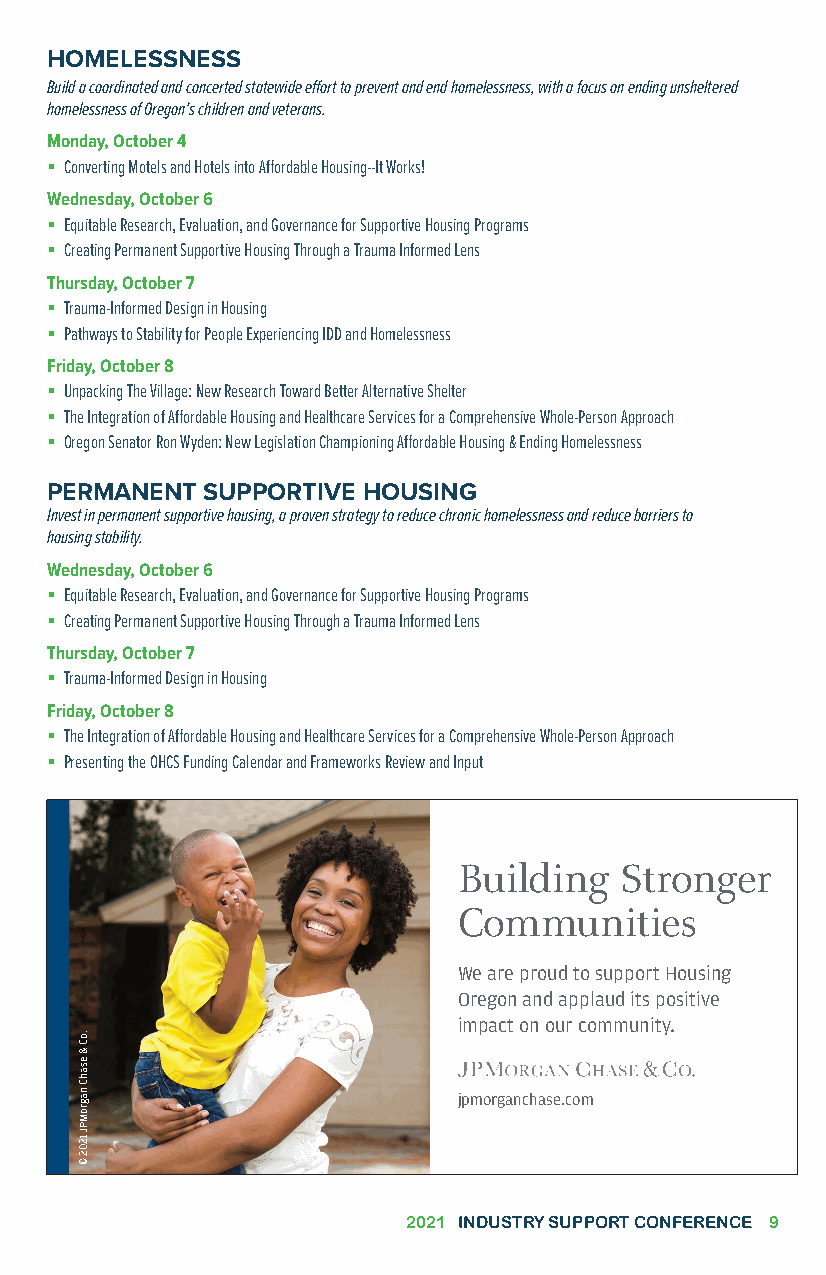
HOMELESSNESS
 Build a coordinated and concerted statewide effort to prevent and end homelessness, with a focus on ending unsheltered
 homelessness of Oregon’s children and veterans.
 Monday, October 4
  Converting Motels and Hotels into Affordable Housing--It Works!
 Wednesday, October 6
  Equitable Research, Evaluation, and Governance for Supportive Housing Programs
  Creating Permanent Supportive Housing Through a Trauma Informed Lens
 Thursday, October 7
  Trauma-Informed Design in Housing
  Pathways to Stability for People Experiencing IDD and Homelessness
 Friday, October 8
  Unpacking The Village: New Research Toward Better Alternative Shelter
  The Integration of Affordable Housing and Healthcare Services for a Comprehensive Whole-Person Approach
  Oregon Senator Ron Wyden: New Legislation Championing Affordable Housing & Ending Homelessness
 PERMANENT SUPPORTIVE HOUSING
 Invest in permanent supportive housing, a proven strategy to reduce chronic homelessness and reduce barriers to
 housing stability.
 Wednesday, October 6
  Equitable Research, Evaluation, and Governance for Supportive Housing Programs
  Creating Permanent Supportive Housing Through a Trauma Informed Lens
 Thursday, October 7
  Trauma-Informed Design in Housing
 Friday, October 8
  The Integration of Affordable Housing and Healthcare Services for a Comprehensive Whole-Person Approach
  Presenting the OHCS Funding Calendar and Frameworks Review and Input
 Building   Stronger
 Communities
 We are proud to support Housing
 Oregon and applaud its positive
 impact on our community.
 jpmorganchase.com
 2021 INDUSTRY SUPPORT CONFERENCE 9
 .oC
 &
 esahC
 nagroMPJ
 1202
 ©